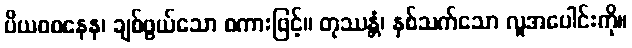
ပိယဝစနေန၊ ချစ်ဖွယ်သော စကားဖြင့်။ တုဿန္တံ၊ နှစ်သက်သော လူအပေါင်းကို။